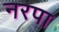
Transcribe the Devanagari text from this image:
नरपा